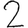
Digit: 2